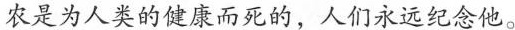
农是为人类的健康而死的，人们永远纪念他。